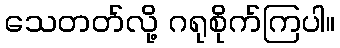
သေတတ်လို့ ဂရုစိုက်ကြပါ။